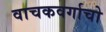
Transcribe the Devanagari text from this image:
वाचकवर्गाचो